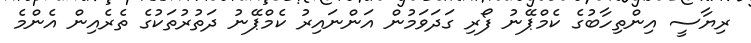
ރިޔާސީ އިންތިހާބުގެ ކެމްޕޭނު ފޯރި ގަދަވަމުން އަންނައިރު ކެމްޕޭނު ދަތުރުތަކުގެ ތެރެއިން އެންމެ